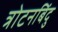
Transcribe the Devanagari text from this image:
त्रोटनबिंदु